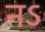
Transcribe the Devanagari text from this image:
नऽ